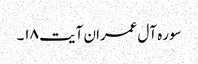
سوره آل‌ عمران آیت ۱۸۔